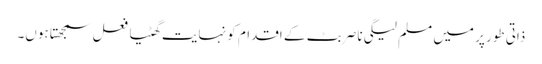
ذاتی طور پر میں مسلم لیگی ناصر بٹ کے اقدام کو نہایت گھٹیا فعل سمجھتا ہوں۔